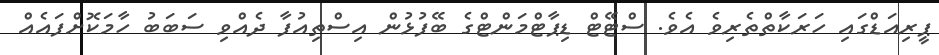
ޕީރިއަޑްގައި ހަރަކާތްތެރިވެ އެވެ. ސްޓޭޓް ޑިޕާޓްމަންޓްގެ ބޭފުޅުން އިސްތިއުފާ ދެއްވި ސަބަބު ހާމަކޮށްފައެއް